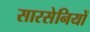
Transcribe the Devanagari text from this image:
सारसेनियों